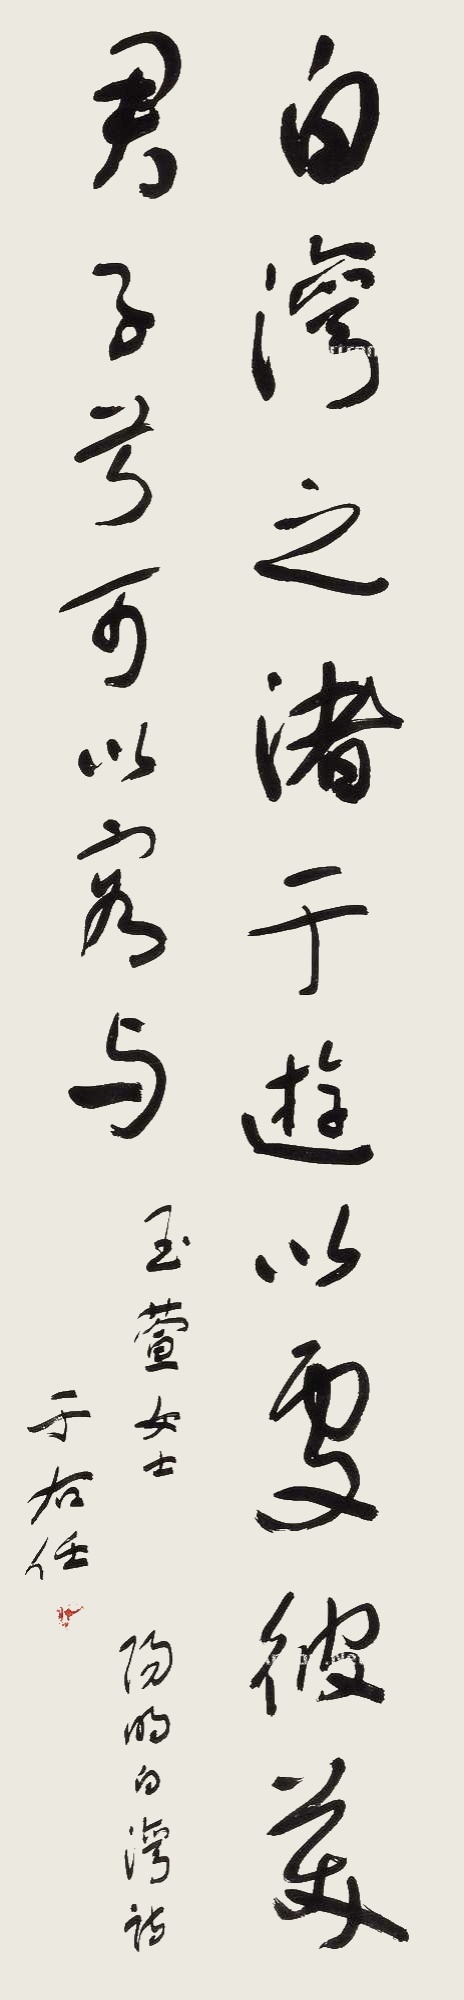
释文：白湾之渚于游以处。彼美君子兮，可以容与。玉萱女士。阳明白湾诗。于右任。